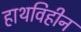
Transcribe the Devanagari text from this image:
हाथविहीन